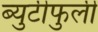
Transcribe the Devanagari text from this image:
ब्युटीफुली